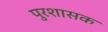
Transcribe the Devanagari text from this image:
पुरशासक